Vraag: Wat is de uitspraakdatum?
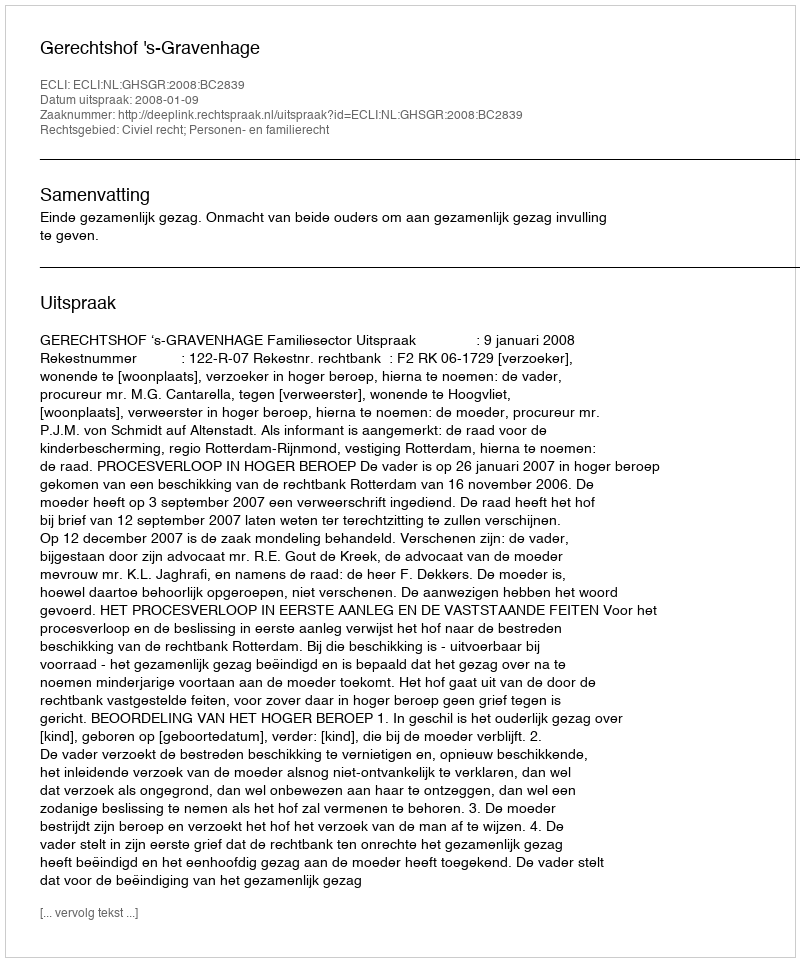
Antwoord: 2008-01-09